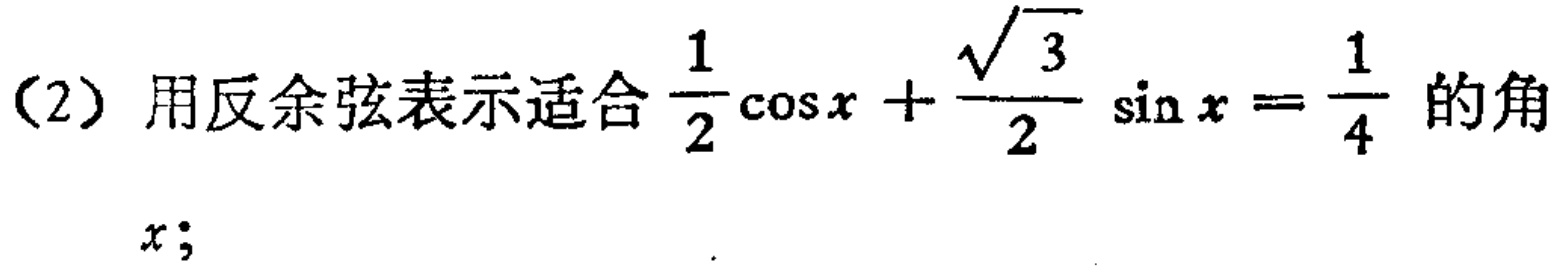
（2）用反余弦表示适合$\frac{1}{2}\cos x + \frac{\sqrt{3}}{2} \sin x = \frac{1}{4}$的角
$x$；